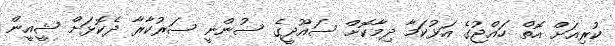
ކުރިއަށް އޮތް ހައްޖުގެ އަޅުކަމާ ދިމާކޮށް ސައޫދީގެ ސުންނީ ސަރުކާރާ ދެކޮޅަށް ޝީއީން